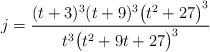
LaTeX: \begin{align*}j=\frac{(t+3)^3(t+9)^3\big(t^2+27\big)^3}{t^3\big(t^2+9t+27\big)^3}\end{align*}